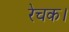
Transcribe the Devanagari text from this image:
रेचक।